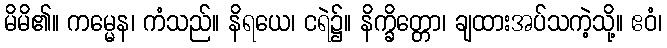
မိမိ၏။ ကမ္မေန၊ ကံသည်။ နိရယေ၊ ငရဲ၌။ နိက္ခိတ္တော၊ ချထားအပ်သကဲ့သို့။ ဧဝံ၊